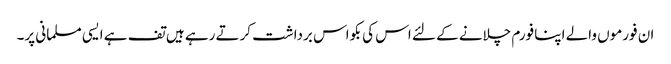
ان فورموں والے اپنا فورم چلانے کے لئے اس کی بکواس برداشت کرتے رہے ہیں تف ہے ایسی مسلمانی پر۔